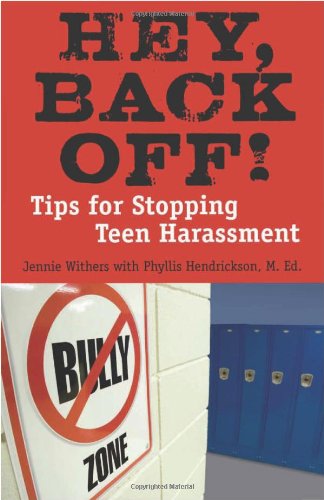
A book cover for Hey, Back Off!: Tips for Stopping Teen Harassment; Jennie Withers; Teen & Young Adult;